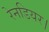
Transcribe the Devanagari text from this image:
रेनडियर।